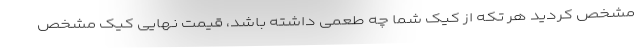
مشخص کردید هر تکه از کیک شما چه طعمی داشته باشد، قیمت نهایی کیک مشخص